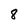
Character: 8